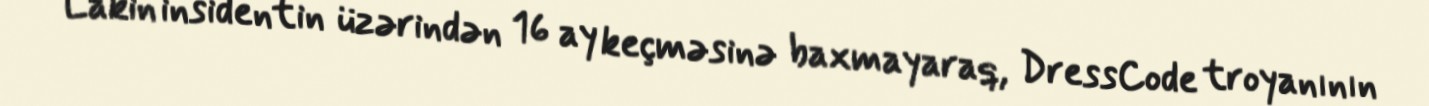
Lakin insidentin üzərindən 16 ay keçməsinə baxmayaraq, DressCode troyanının